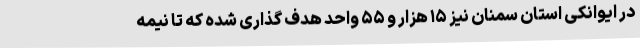
در ایوانکی استان سمنان نیز ۱۵ هزار و ۵۵ واحد هدف گذاری شده که تا نیمه